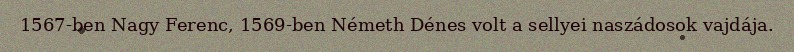
1567-ben Nagy Ferenc, 1569-ben Németh Dénes volt a sellyei naszádosok vajdája.